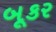
બૂકર